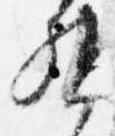
督